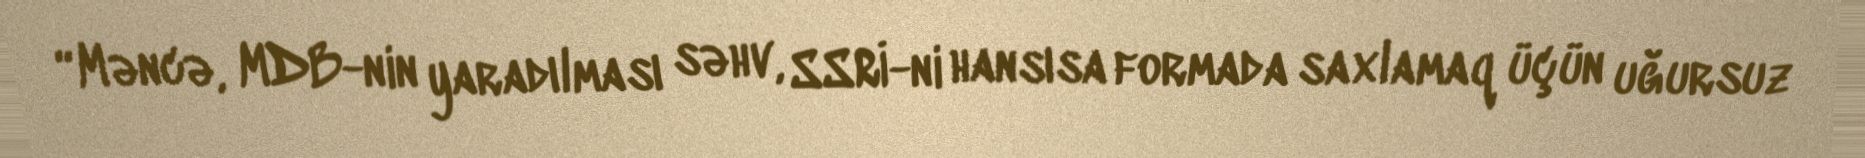
“Məncə, MDB-nin yaradılması səhv, SSRİ-ni hansısa formada saxlamaq üçün uğursuz